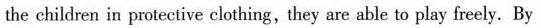
the children in pretective clothing, they are able to play freely. By